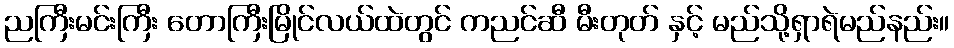
ညကြီးမင်းကြီး တောကြီးမြိုင်လယ်ထဲတွင် ကညင်ဆီ မီးတုတ် နှင့် မည်သို့ရှာရဲမည်နည်း။